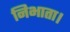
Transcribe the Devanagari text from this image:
निभाता।